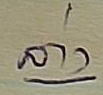
ล่าง